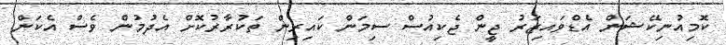
ކޮމިއުނިކޭޝަން އެޑްވައިޒަރު ޖީން ޖެކިއުސް ސިމަން ކައިރިން ތަކުރާރުކޮށް އެދުމުން ވެސް އެކަން